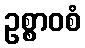
ဥစ္စာဝစံ